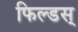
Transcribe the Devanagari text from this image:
फिल्डस्